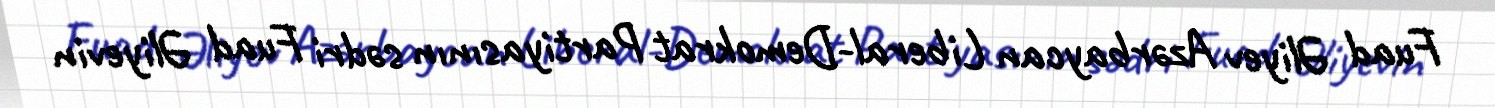
Fuad Əliyev Azərbaycan Liberal-Demokrat Partiyasının sədri Fuad Əliyevin